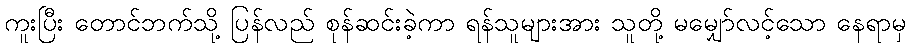
ကူးပြီး တောင်ဘက်သို့ ပြန်လည် စုန်ဆင်းခဲ့ကာ ရန်သူများအား သူတို့ မမျှော်လင့်သော နေရာမှ